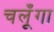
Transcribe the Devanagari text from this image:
चलूँगा